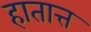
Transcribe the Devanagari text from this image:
हातात्त